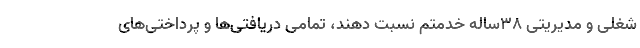
شغلی و مدیریتی 38ساله خدمتم نسبت دهند، تمامی دریافتی‌ها و پرداختی‌های